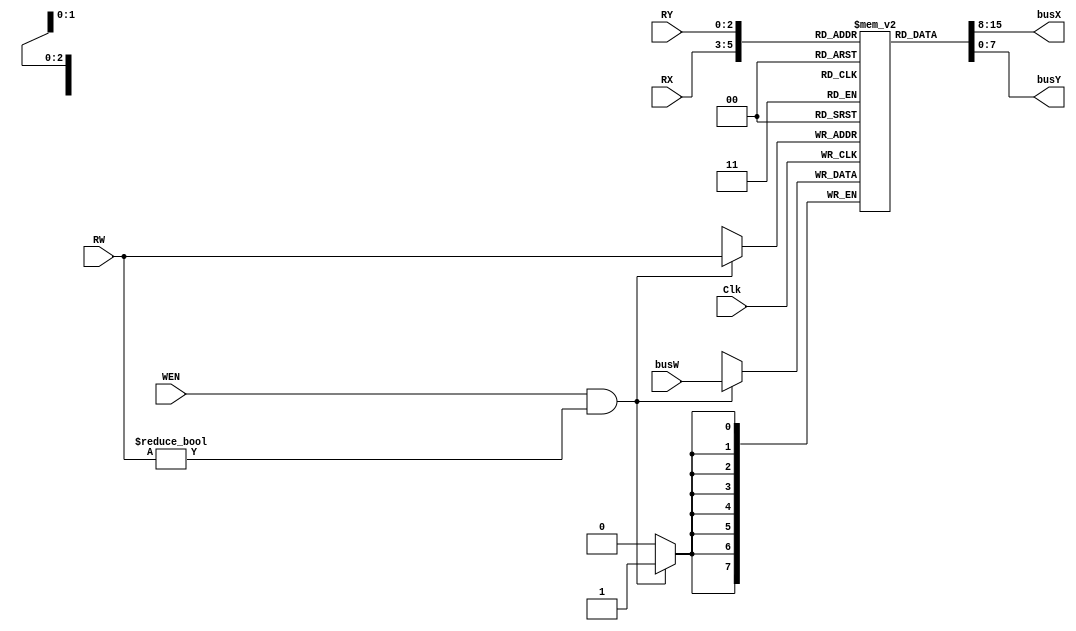
/***************************************************************************************************

[Author]      Yun-Chun (Johnny) Chen
[Affiliation] Department of Electrical Engineering, National Taiwan University
[Language]    Verilog
[Function]    This is an 8x8 register file.
[Description] A register file consists of a set of registers which can be read or written. There 
              are 8 registers in the register file, and the width of the register is 8 bits.  
[Port]        busW : an 8-bit input data bus.              
              busX : an 8-bit output data bus. 
              busY : an 8-bit output data bus.
               WEN : Active high write enable.
                RW : Select 1 among 8 registers to be written. 
                RX : Select 1 among 8 registers to be read, output on busX.
                RY : Select 1 among 8 registers to be read, output on busY.
[Note]        1. 8 registers, $r0~$r7, $r0 = zero (constant zero, don't care any write operation).
              2. BusX and busY can be an arbitrary 8-bit vector during write operation.
              3. The data on busX will be written into a specified register synchronously on
                 positive edge of Clk.
              4. RW is the index of the register to be written.
              5. The register file behaves as a combinational logic block while reading. 
              6. Read the data in the register file asynchronously.
         
***************************************************************************************************/

module register_file( Clk, WEN, RW, busW, RX, RY, busX, busY);
    input            Clk, WEN;
    input      [2:0] RW, RX, RY;
    input      [7:0] busW;
    output reg [7:0] busX, busY;
    reg        [7:0] register [7:0]; // 8 registers to be written 

    initial begin
        register[0] = 8'd0;
        register[1] = 8'd0;
        register[2] = 8'd0;
        register[3] = 8'd0;
        register[4] = 8'd0;
        register[5] = 8'd0;
        register[6] = 8'd0;
        register[7] = 8'd0;
    end

    always@(posedge Clk) begin
 	if (WEN && RW != 0)
    	    register[RW] <= busW;
    end

    always@(RX, register[0], register[1], register[2], register[3], register[4], register[5], register[6], register[7]) begin
        busX <= register[RX];
    end

    always@(RY, register[0], register[1], register[2], register[3], register[4], register[5], register[6], register[7]) begin
        busY <= register[RY];
    end

endmodule